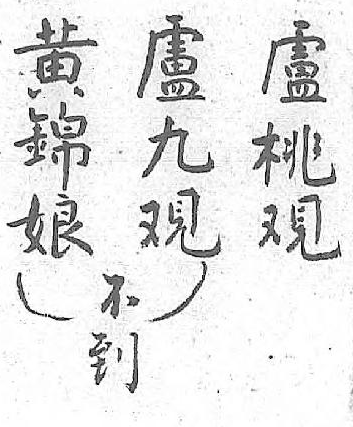
黄盧盧不錦九桃到娘覌覌